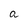
Character: a